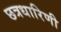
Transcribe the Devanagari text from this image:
छत्रधारिणी